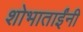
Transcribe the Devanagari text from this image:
शोभाताईंनी